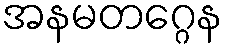
အနမတဂ္ဂေန